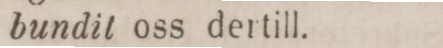
bundit oss dertill.